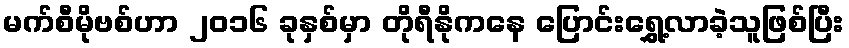
မက်စီမိုဗစ်ဟာ ၂၀၁၆ ခုနှစ်မှာ တိုရီနိုကနေ ပြောင်းရွှေ့လာခဲ့သူဖြစ်ပြီး